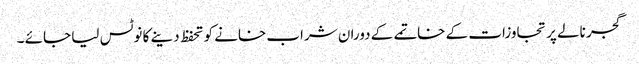
گجر نالے پر تجاوزات کے خاتمے کے دوران شراب خانے کو تحفظ دینے کا نوٹس لیا جائے ۔